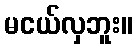
မငယ်လှဘူး။